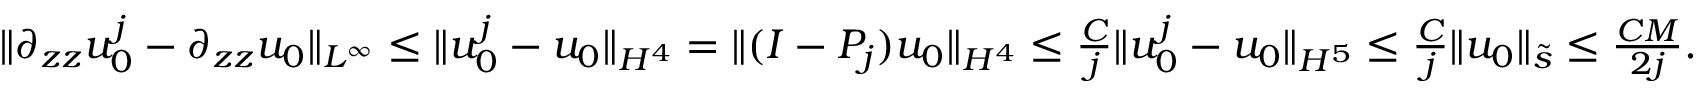
\begin{array} { r } { \| \partial _ { z z } u _ { 0 } ^ { j } - \partial _ { z z } u _ { 0 } \| _ { L ^ { \infty } } \leq \| u _ { 0 } ^ { j } - u _ { 0 } \| _ { H ^ { 4 } } = \| ( I - P _ { j } ) u _ { 0 } \| _ { H ^ { 4 } } \leq \frac { C } { j } \| u _ { 0 } ^ { j } - u _ { 0 } \| _ { H ^ { 5 } } \leq \frac { C } { j } \| u _ { 0 } \| _ { \tilde { s } } \leq \frac { C M } { 2 j } . } \end{array}